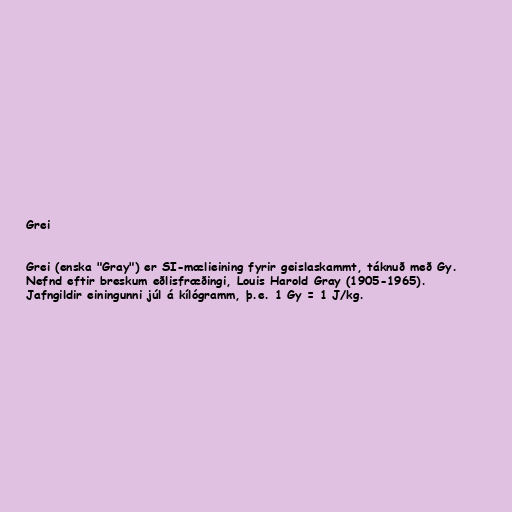
Grei

Grei (enska "Gray") er SI-mælieining fyrir geislaskammt, táknuð með Gy.
Nefnd eftir breskum eðlisfræðingi, Louis Harold Gray (1905-1965).
Jafngildir einingunni júl á kílógramm, þ.e. 1 Gy = 1 J/kg.